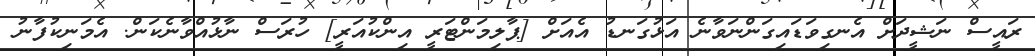
ރައީސް ނަޝީދަށް އެނގިވަޑައިގަންނަވާނެ އަޅުގަނޑު އެއަށް [ޕާލިމަންޓަރީ އިންކުއަރީ] ހުރަސް ނާޅުއްވާނެކަން. އެމަނިކުފާނު